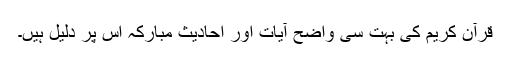
قرآن کریم کی بہت سی واضح آیات اور احادیث مبارکہ اس پر دلیل ہیں۔